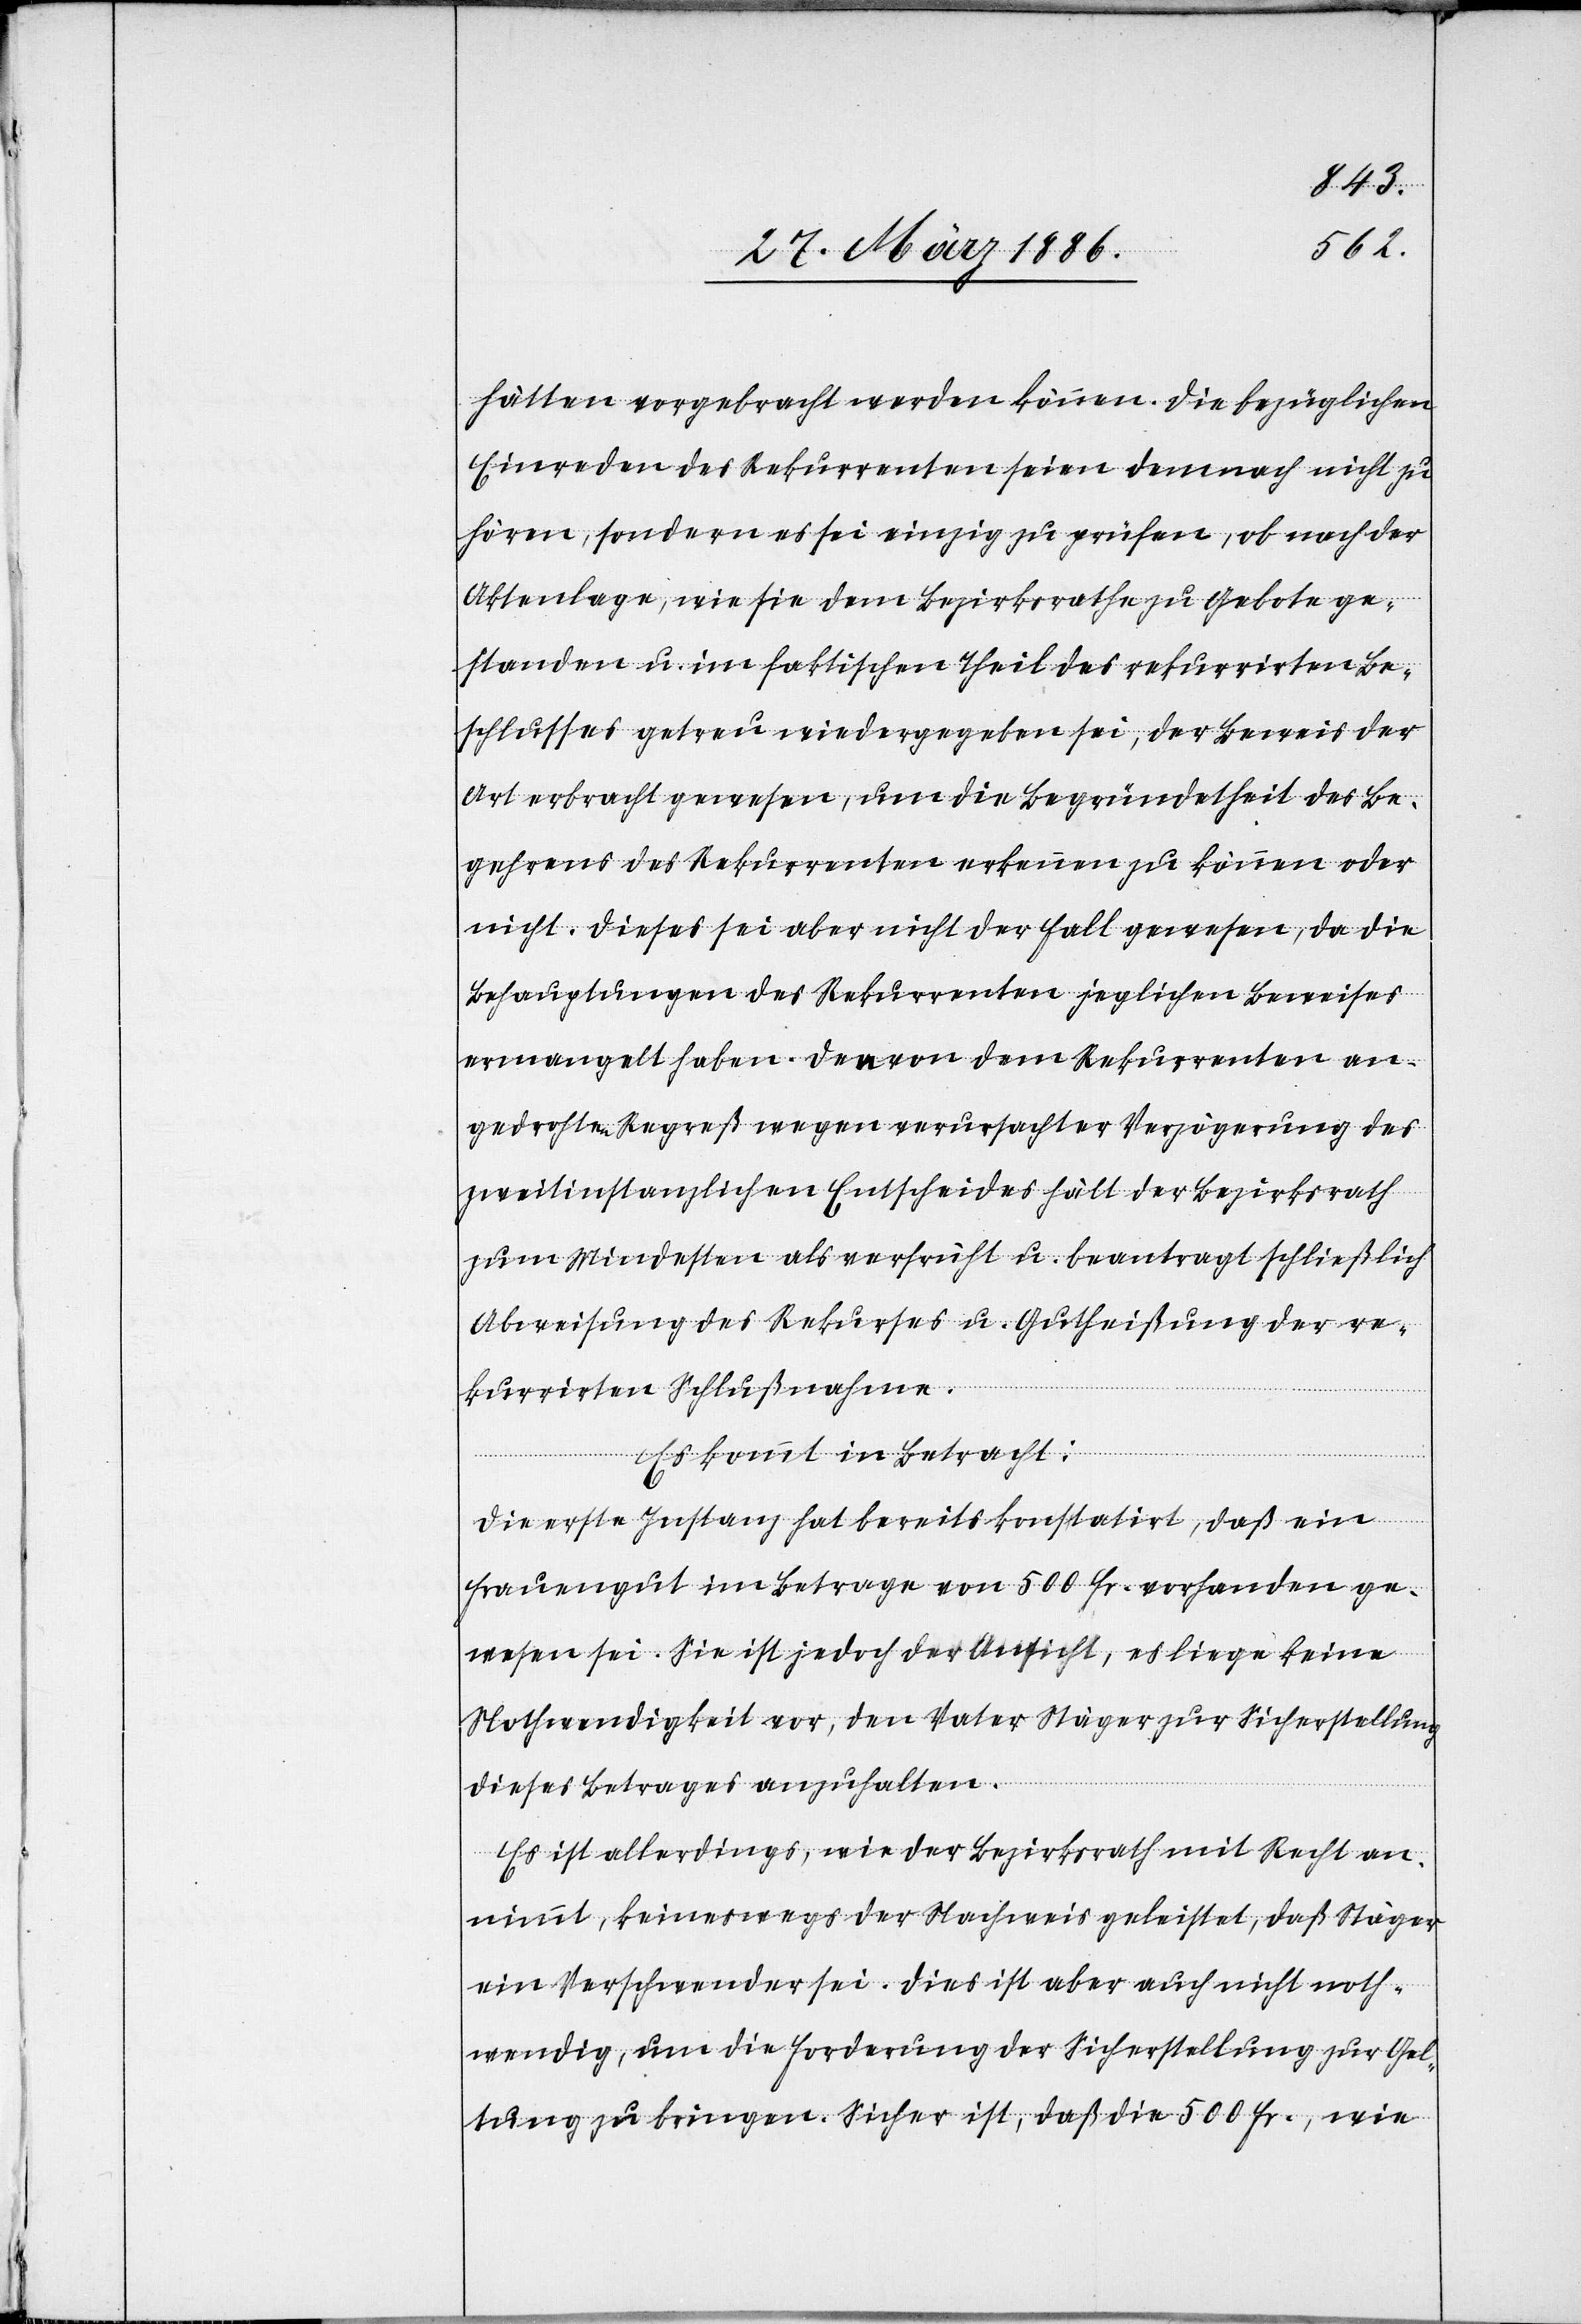
hätten vorgebracht werden können. Die bezüglichen
Einreden des Rekurrenten seien demnach nicht zu
hören, sondern es sei einzig zu prüfen, ob nach der
Aktenlage, wie sie dem Bezirksrathe zu Gebote ge¬
standen u. im faktischen Theil des rekurrirten Be¬
schlusses getreu wiedergegeben sei, der Beweis der
Art erbracht gewesen, um die Begründetheit des Be¬
gehrens des Rekurrenten erkennen zu können oder
nicht. Dieses sei aber nicht der Fall gewesen, da die
Behauptungen des Rekurrenten jeglichen Beweises
ermangelt haben. Der von dem Rekurrenten an¬
gedrohte Regreß wegen verursachter Verzögerung des
zweitinstanzlichen Entscheides hält der Bezirksrath
zum Mindestens als verfrüht u. beantragt schließlich
Abweisung des Rekurses u. Gutheißung der re¬
kurrirten Schlußnahme.
Es kommt in Betracht:
Die erste Instanz hat bereits konstatirt, daß ein
Frauengut im Betrage von 500 Fr. vorhanden ge¬
wesen sei. Sie ist jedoch der Ansicht, es liege keine
Nothwendigkeit vor, den Vater Stäger zur Sicherstellung
dieses Betrages anzuhalten.
Es ist allerdings, wie der Bezirksrath mit Recht an¬
nimmt, keineswegs der Nachweis geleistet, daß Stäger
ein Verschwender sei. Dies ist aber auch nicht noth¬
wendig, um die Forderung der Sicherstellung zur Gel¬
tung zu bringen. Sicher ist, daß die 500 Fr., wie